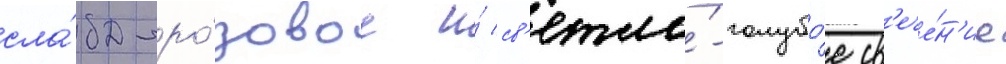
сла́бо-ро́зовое и́ св'етло́-голубо́е св'ече́н'ие